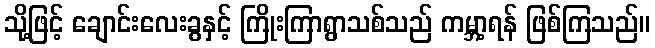
သို့ဖြင့် ချောင်းလေးခွနှင့် ကြိုးကြာရွာသစ်သည် ကမ္ဘာ့ရန် ဖြစ်ကြသည်။